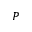
P